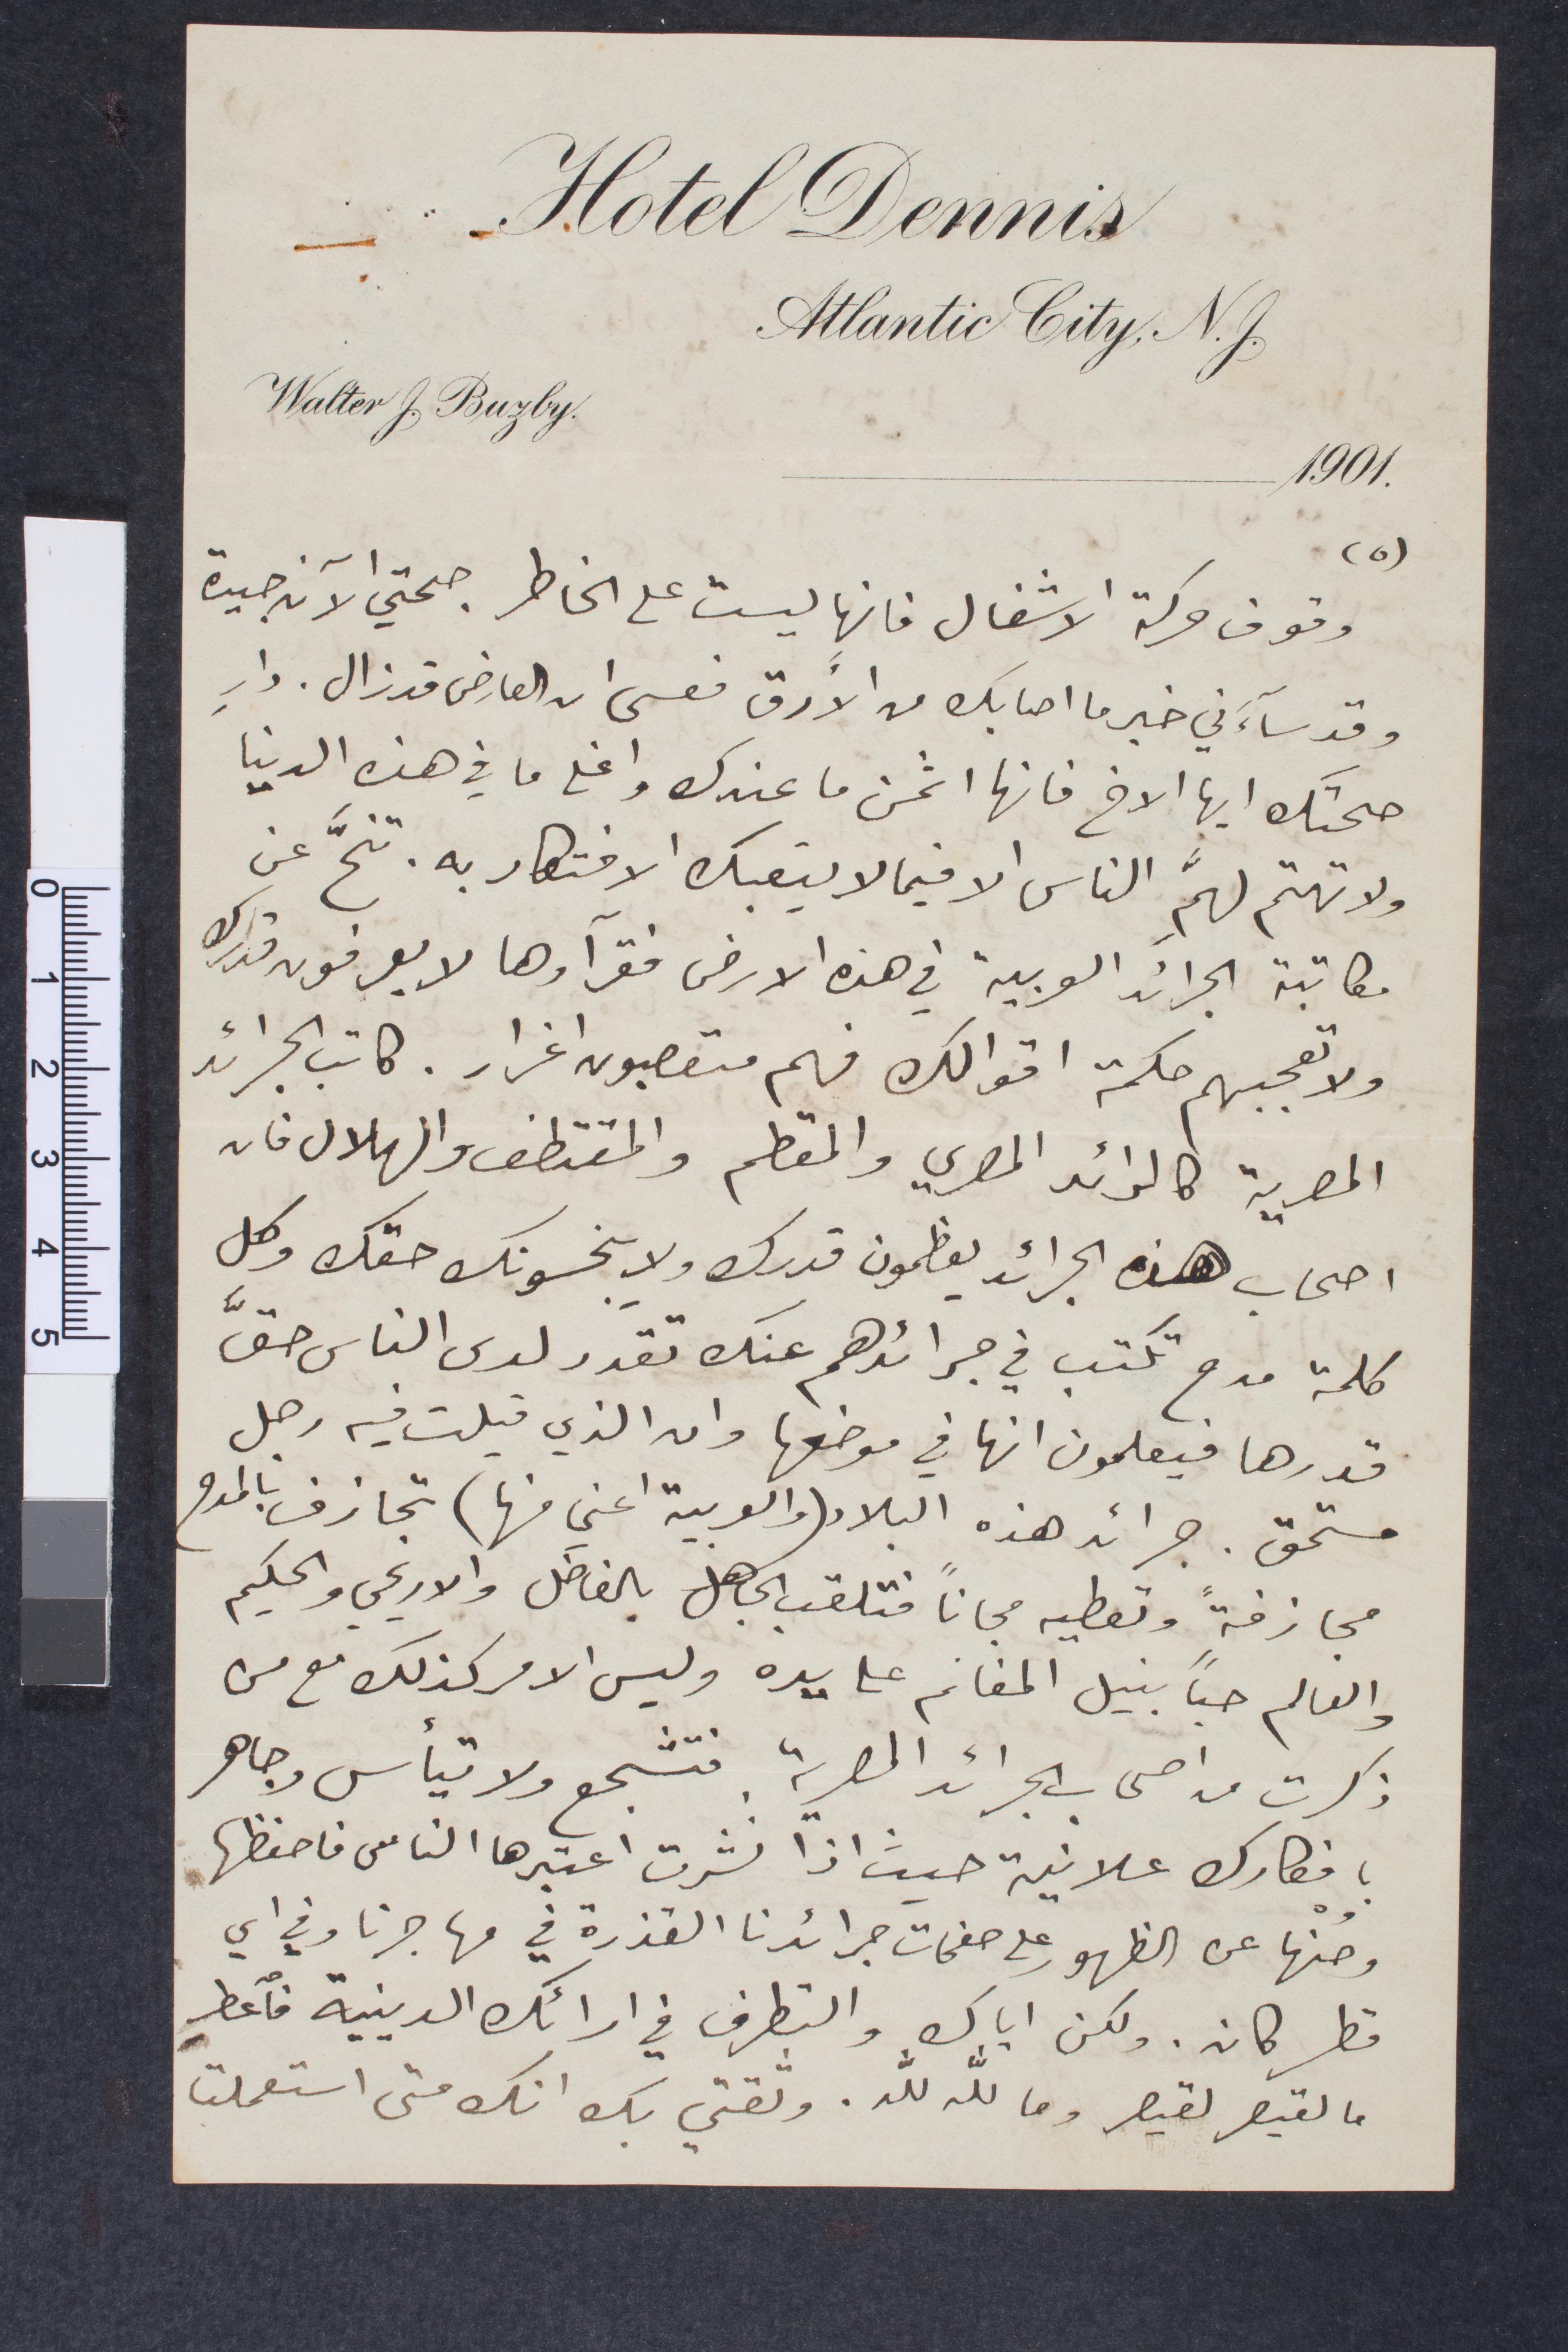
وقوف حركة الاشغال فانها ليست على الخاطر. صحتي الآن جيدة
وقد سآءني خبر ما اصابك من الأرق فعسى ان العارض قد زال. دارٍ
صحتك أيها الأخ فانها اثمن ما عندك واعلى ما في هذه الدنيا
ولا تهتم لهمِ الناس الا فيما لا يتعبك الافتكار به. تنحّ عن
مكاتبة الجرائد العربية في هذه الأرض فقرآوها لا يعرفون قدرك
ولا تعجبهم حكمة اقوالك فهم متعصبون اغرار. كاتب الجرائد
المصرية كالرائد المصري والمقطم والمقتطف والهلال فان
أصحاب هذه الجرائد يعظمون قدرك ولا يبخسونك حقك وكل
كلمة مدح تكتب في جرائدهم عنك تقدر لدى الناس حقّ
قدرها فيعلمون انها في موضعها وان الذي قيلت فيه رجل
مستحق. جرائد هذه البلاد (والعربية اعني منها) تجازف بالمدح
مجازفة وتعطيه مجانًا فتلقب الجاهل بالفاضل والاريحي والحكيم
العالم حبًا بنيل المغانم على يده وليس الامر كذلك مع من
ذكرت من أصحاب الجرائد المصرية فتشجع ولا تيأس وجاهر
بافكارك علانية حيث اذا نشرت اعتبرها الناس فاحفظها
وصُنها عن الظهور على صفحات جرائدنا القذرة في مهاجرنا وفي أي
قطر كان. ولكن أيك والتطرف في ارائك الدينية فاعط
ما لقيصر لقيصر وما لله لله. وثقتي بك انك متى استعملت